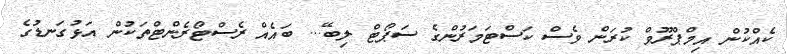
ކެއްކުން އިމްޕްރޫވް ކުރަން ވެސް ކަސްޓަމަރުންގެ ސަޕޯޓް ލިބޭ... ބައެއް ރެސްޓޯރެންޓްތަކުން އަޅުގަނޑުގެ